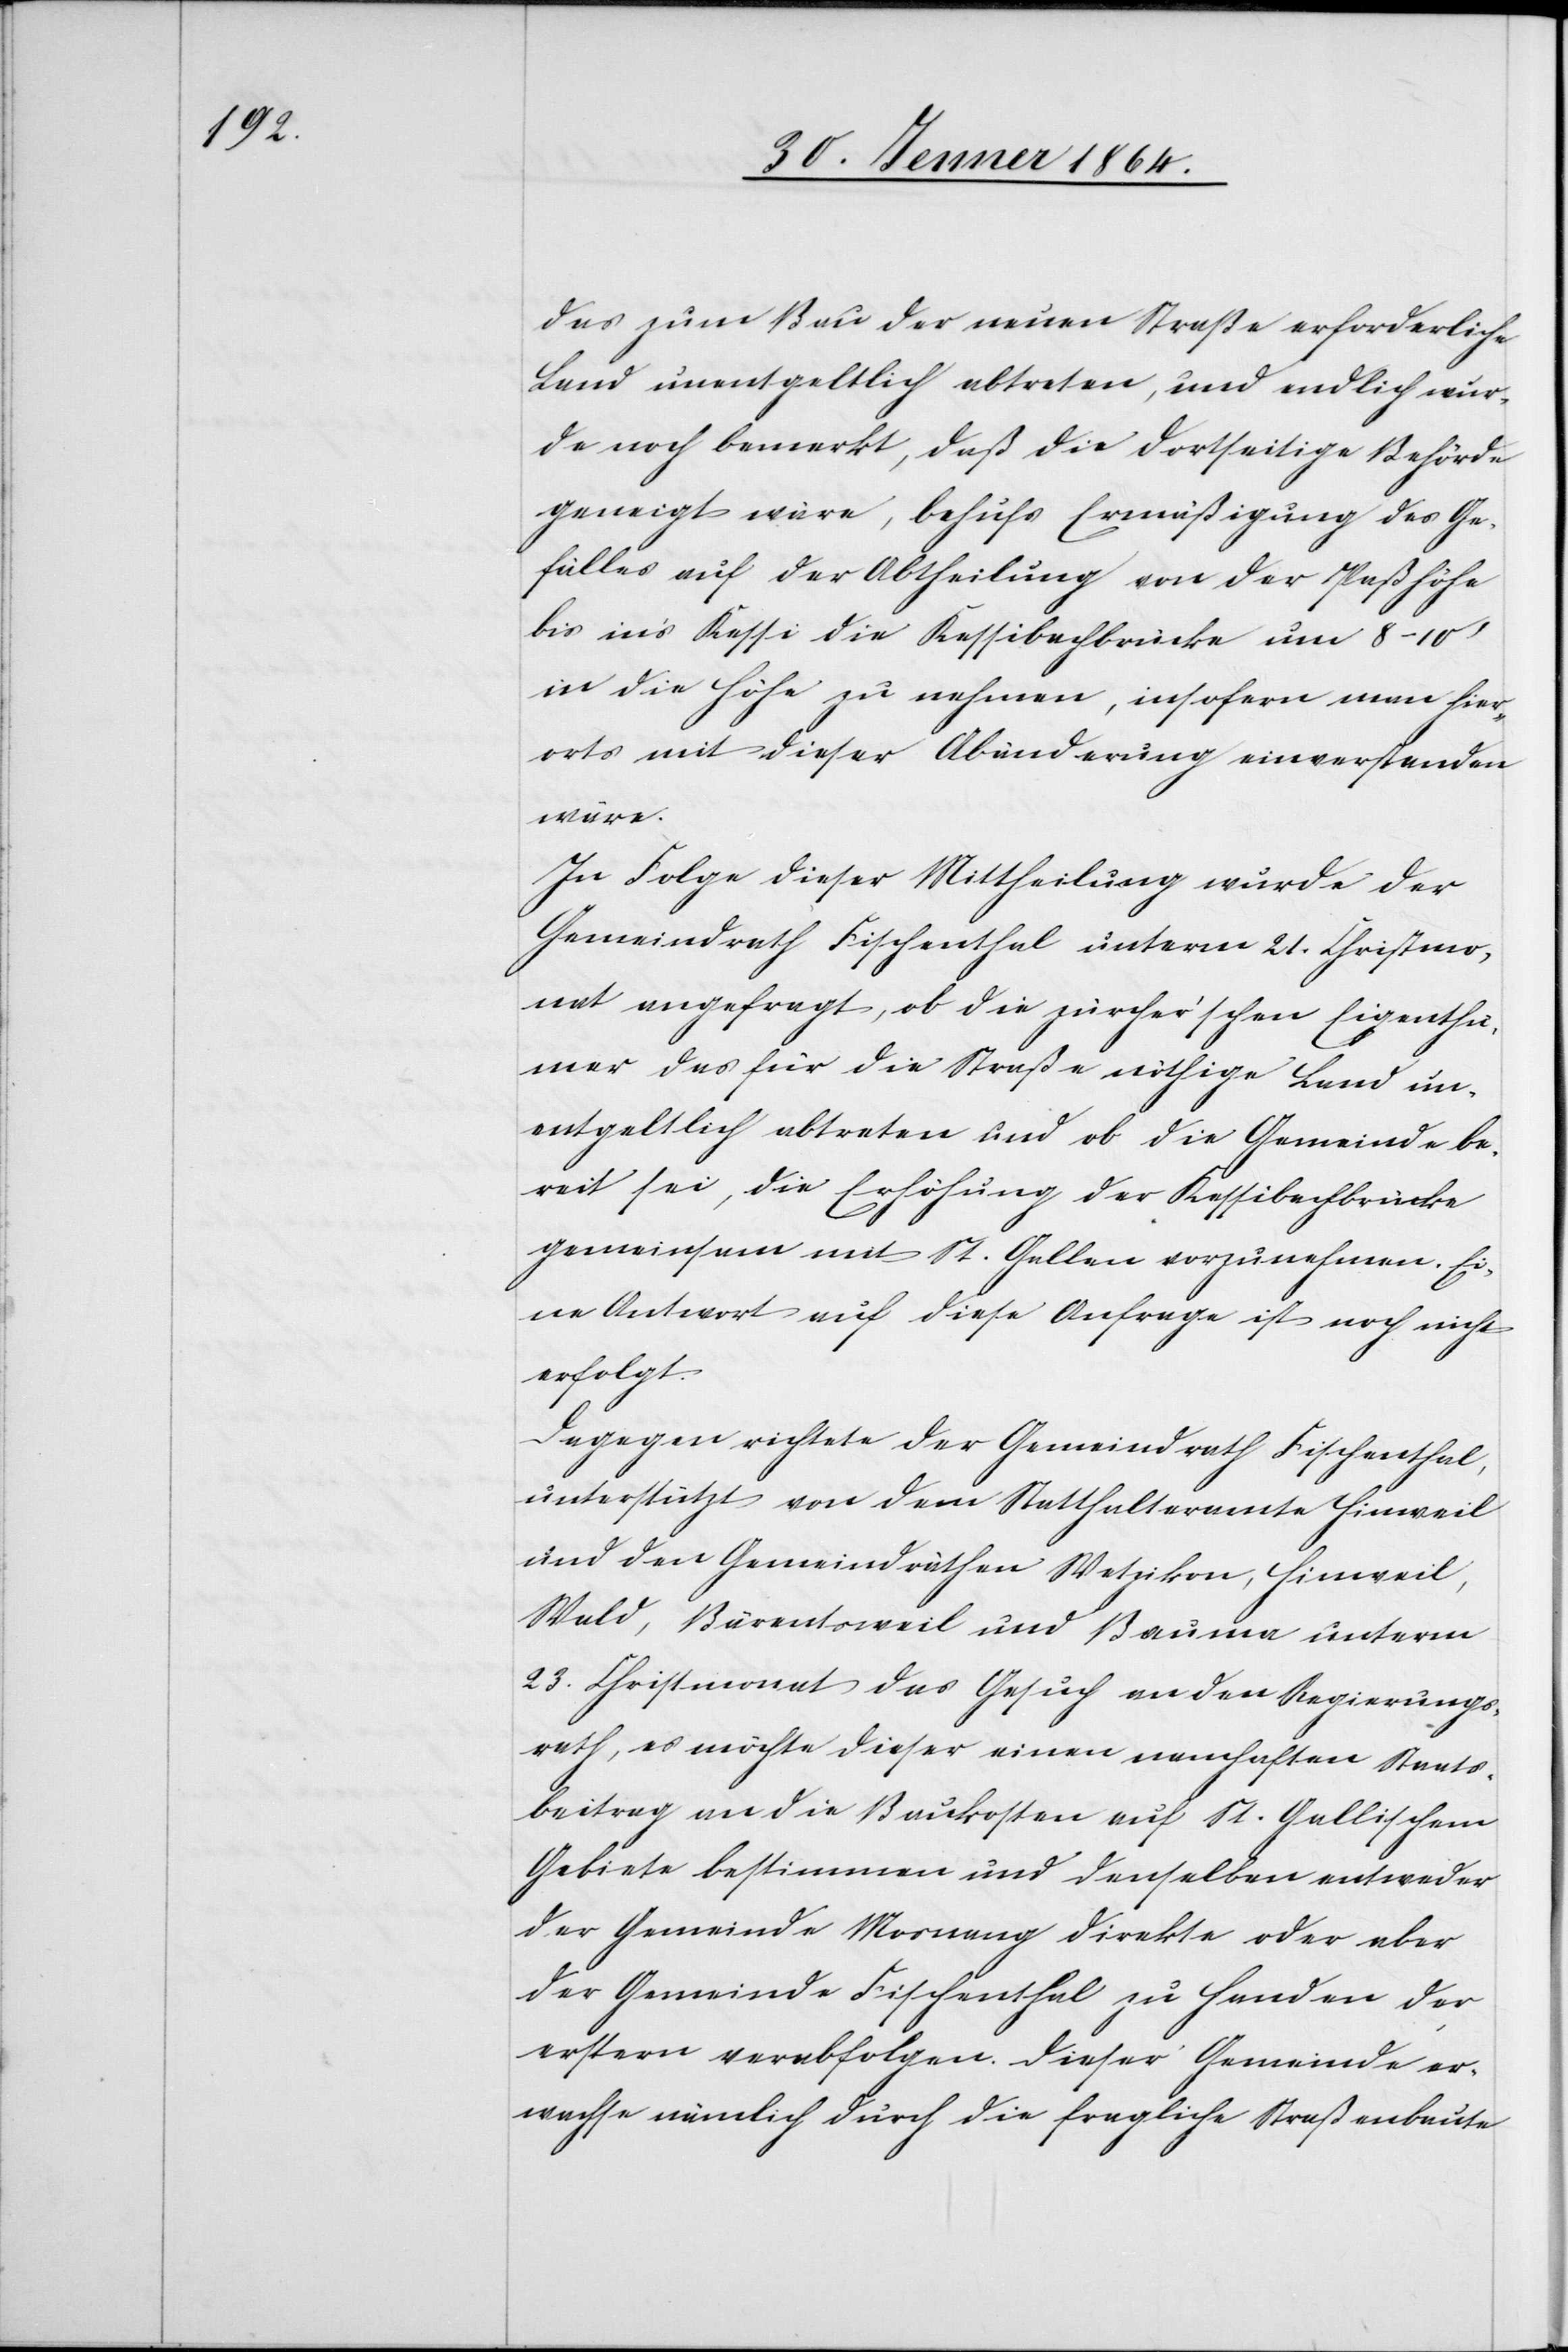
das zum Bau der neuen Straße erforderliche
Land unentgeltlich abtreten, und endlich wur¬
de noch bemerkt, daß die dortseitige Behörde
geneigt wäre, behufs Ermäßigung des Ge¬
fälles auf der Abtheilung von der Paßhöhe
bis in’s Kässi die Kessibachbrücke um 8-10’
in die Höhe zu nehmen, insofern man hier¬
orts mit dieser Abänderung einverstanden
wäre.
In Folge dieser Mittheilung wurde der
Gemeindrath Fischenthal unterm 21. Christmo¬
nat angefragt, ob die zürcher’schen Eigenthü¬
mer das für die Straße nöthige Land un¬
entgeltlich abtreten und ob die Gemeinde be¬
reit sei, die Erhöhung der Kessibachbrücke
gemeinsam mit St. Gallen vorzunehmen. Ei¬
ne Antwort auf diese Anfrage ist noch nicht
erfolgt.
Dagegen richtete der Gemeindrath Fischenthal
unterstützt von dem Statthalteramte Hinweil
und den Gemeindräthen Wetzikon, Hinweil,
Wald, Bärentsweil und Bauma unterm
23. Christmonat das Gesuch an den Regierungs¬
rath, es möchte dieser einen namhaften Staats¬
beitrag an die Baukosten auf St. Gallischem
Gebiete bestimmen und denselben entweder
der Gemeinde Mosnang direkte oder aber
der Gemeinde Fischenthal zu Handen der
erstern verabfolgen. Dieser Gemeinde er¬
wachse nämlich durch die fragliche Straßenbaute